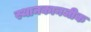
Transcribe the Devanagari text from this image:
स्थानकानजीक